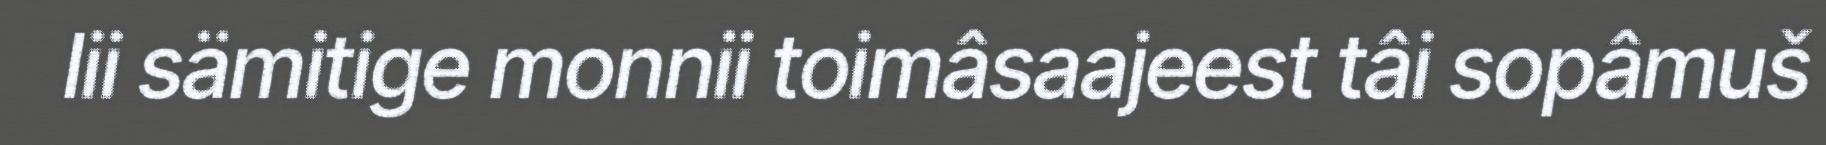
lii sämitige monnii toimâsaajeest tâi sopâmuš